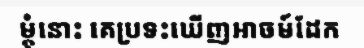
ម្តុំនោះ គេប្រទះឃើញអាចម៍ដែក